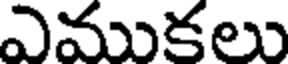
ఎముకలు